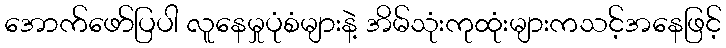
အောက်ဖော်ပြပါ လူနေမှုပုံစံများနဲ့ အိမ်သုံးကုထုံးများကသင့်အနေဖြင့်